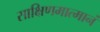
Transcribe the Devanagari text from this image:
साक्षिणमात्मानं